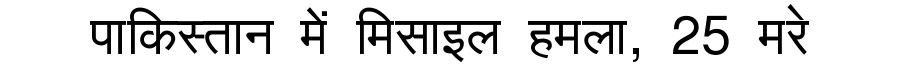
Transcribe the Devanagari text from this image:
पाकिस्तान में मिसाइल हमला, 25 मरे